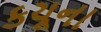
કયૂના